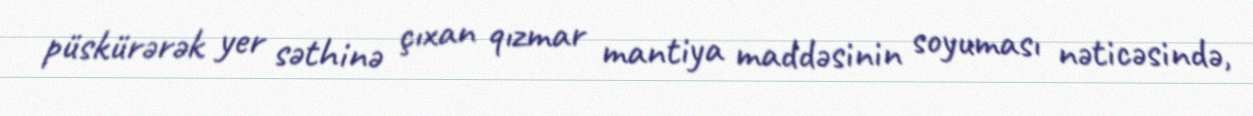
püskürərək yer səthinə çıxan qızmar mantiya maddəsinin soyuması nəticəsində,